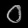
Digit: ၀